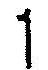
1